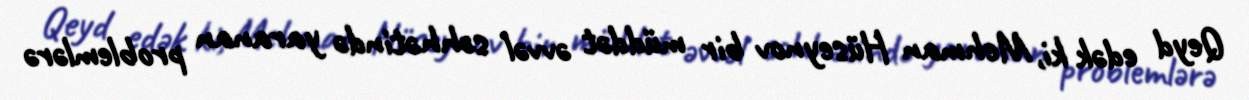
Qeyd edək ki, Mehman Hüseynov bir müddət əvvəl səhhətində yaranan problemlərə